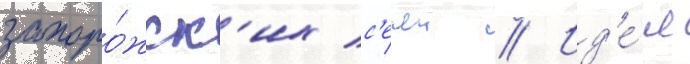
запоро́жск'их с'ечеи // Ид'е́я